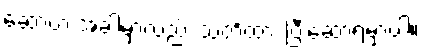
ဆော့တဲ့ အခါမှာလည်း သတိထား ပြီးဆော့ရမှာပါ။